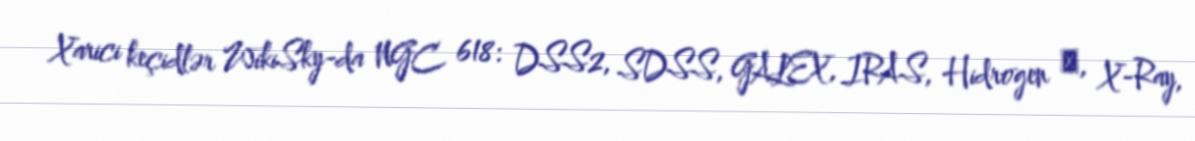
Xarici keçidlər WikiSky-da NGC 618: DSS2, SDSS, GALEX, IRAS, Hidrogen α, X-Ray,